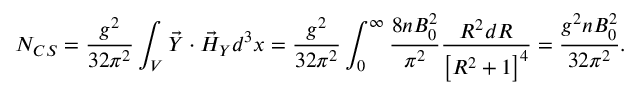
N _ { C S } = \frac { g ^ { 2 } } { 3 2 \pi ^ { 2 } } \int _ { V } \vec { { \cal Y } } \cdot \vec { { \cal H } } _ { { \cal Y } } d ^ { 3 } x = \frac { g ^ { 2 } } { 3 2 \pi ^ { 2 } } \int _ { 0 } ^ { \infty } \frac { 8 n B _ { 0 } ^ { 2 } } { \pi ^ { 2 } } \frac { { \cal R } ^ { 2 } d { \cal R } } { \bigr [ { \cal R } ^ { 2 } + 1 \bigl ] ^ { 4 } } = \frac { g ^ { 2 } n B _ { 0 } ^ { 2 } } { 3 2 \pi ^ { 2 } } .